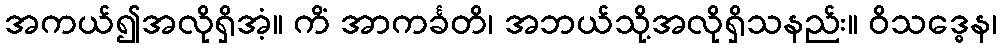
အကယ်၍အလိုရှိအံ့။ ကိံ အာကင်္ခတိ၊ အဘယ်သို့အလိုရှိသနည်း။ ဝိသဒ္ဓေန၊